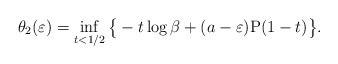
LaTeX: \begin{align*}\theta_2(\varepsilon) = \inf_{t <1/2} \big\{-t\log\beta + (a - \varepsilon)\mathrm{P}(1-t)\big\}.\end{align*}